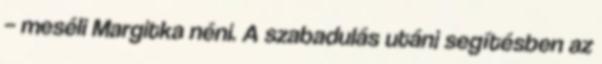
– meséli Margitka néni. A szabadulás utáni segítésben az